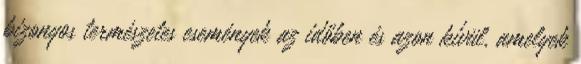
bizonyos természetes események az időben és azon kívül, amelyek